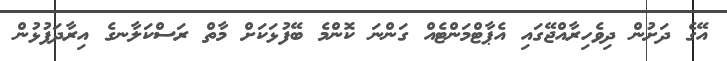
އޭގެ ދަށުން ދިވެހިރާއްޖޭގައި އެޕާޓްމަންޓެއް ގަންނަ ކޮންމެ ބޭފުޅަކަށް މާތް ރަސްކަލާނގެ އިރާދަފުޅުން